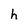
Character: h